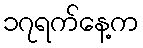
၁၇ရက်နေ့က